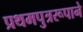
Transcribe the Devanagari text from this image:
प्रथमपुत्ररूपाने